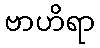
ဗာဟိရာ